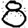
Digit: 8